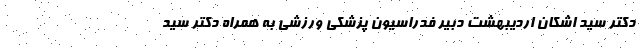
دکتر سید اشکان اردیبهشت دبیر فدراسیون پزشکی ورزشی به همراه دکتر سید